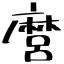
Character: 麿